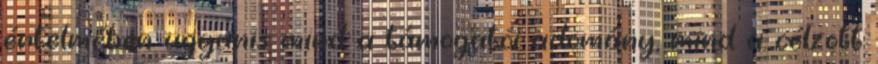
értelmében ugyanis mind a támogatói adomány, mind a célzott